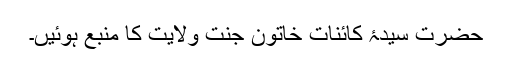
حضرت سیدۂ کائنات خاتونِ جنت ولایت کا منبع ہوئیں۔